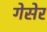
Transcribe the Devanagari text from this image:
गेसेर